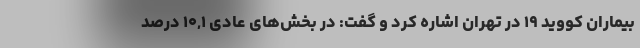
بیماران کووید ۱۹ در تهران اشاره کرد و گفت: در بخش‌های عادی ۱۰,۱ درصد